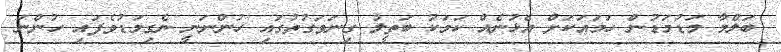
ބަލްމާ މަޑުމަޑުން ހަމައަކަށް އެޅުނެއް ކަމަކު ބަތީލު ގިނަވަގުތުގައި ހުންނަނީ ނެގިމަޑުވެފައި ހުންނަ